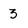
Character: 3